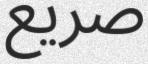
صريع